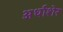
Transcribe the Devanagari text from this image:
अर्धाशेर